Black-water fever - Number 35
Disease focus: Fever
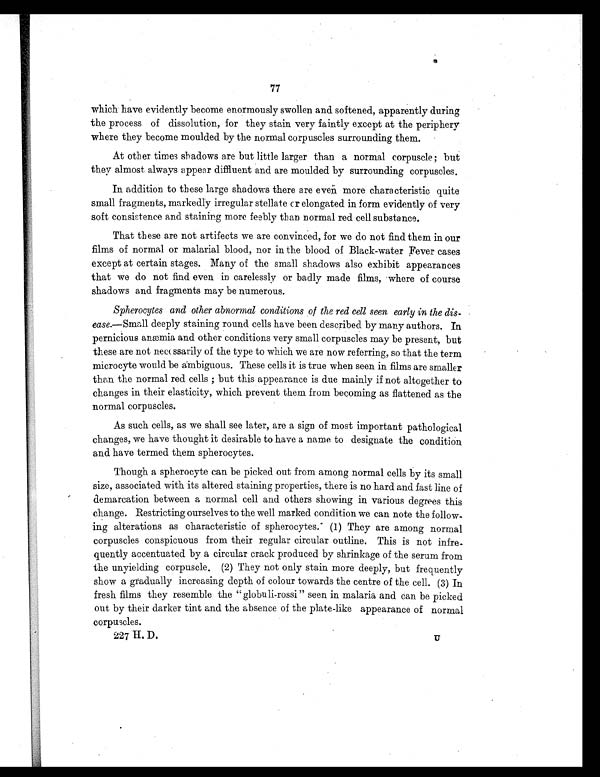
77
which have evidently become enormously swollen and softened, apparently during
the process of dissolution, for they stain very faintly except at the periphery
where they become moulded by the normal corpuscles surrounding them.
At other times shadows are but little larger than a normal corpuscle ; but
they almost always appear diffluent and are moulded by surrounding corpuscles.
In addition to these large shadows there are even more characteristic quite
small fragments, markedly irregular stellate or elongated in form evidently of very
soft consistence and staining more feebly than normal red cell substance.
That these are not artifects we are convinced, for we do not find them in our
films of normal or malarial blood, nor in the blood of Black-water Fever cases
except at certain stages. Many of the small shadows also exhibit appearances
that we do not find even in carelessly or badly made films, where of course
shadows and fragments may be numerous.
Spherocytes and other abnormal conditions of the red cell seen early in the
dis-ease.—Small deeply staining round cells have been described by many authors. In
pernicious anæmia and other conditions very small corpuscles may be present, but
these are not necessarily of the type to which we are now referring, so that the term
microcyte would be ambiguous. These cells it is true when seen in films are smaller
than the normal red cells ; but this appearance is due mainly if not altogether to
changes in their elasticity, which prevent them from becoming as flattened as the
normal corpuscles.
As such cells, as we shall see later, are a sign of most important pathological
changes, we have thought it desirable to have a name to designate the condition
and have termed them spherocytes.
Though a spherocyte can be picked out from among normal cells by its small
size, associated with its altered staining properties, there is no hard and fast line of
demarcation between a normal cell and others showing in various degrees this
change. Restricting ourselves to the well marked condition we can note the follow-
ing alterations as characteristic of spherocytes. (1) They are among normal
corpuscles conspicuous from their regular circular outline. This is not infre-
quently accentuated by a circular crack produced by shrinkage of the serum from
the unyielding corpuscle. (2) They not only stain more deeply, but frequently
show a gradually increasing depth of colour towards the centre of the cell. (3) In
fresh films they resemble the " globuli-rossi " seen in malaria and can be picked
out by their darker tint and the absence of the plate-like appearance of normal
corpuscles.
227 H. D.
U